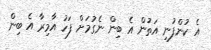
އެ ކުންފުނި އަތުން އެ ބިން ނެގުމަށް ފަހު އާމިރާ އެ ބިން